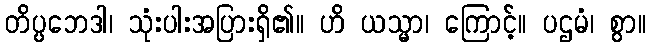
တိပ္ပဘေဒါ၊ သုံးပါးအပြားရှိ၏။ ဟိ ယသ္မာ၊ ကြောင့်။ ပဌမံ၊ စွာ။